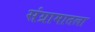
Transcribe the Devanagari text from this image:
संग्रामातला